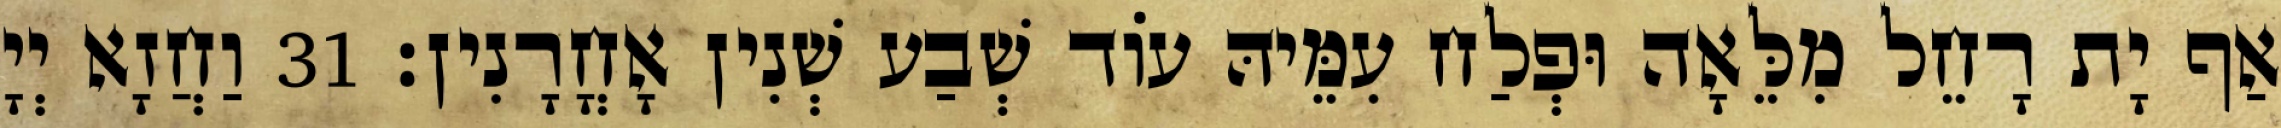
אַף יָת רָחֵל מִלֵּאָה וּפְלַח עִמֵּיהּ עוֹד שְׁבַע שְׁנִין אָחֳרָנִין׃ 31 וַחֲזָא יְיָ